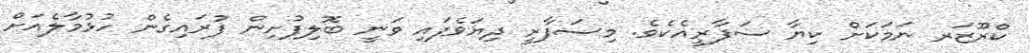
ކްރޫޒަރ ނަމަކަށް ކިޔާ ސަފާރީއެކެވެ. މިސަފާރީ ދިޔަވެފައި ވަނީ ބޮލިފުށިން ފުރައިގެން ހުޅުމާލެއަށް